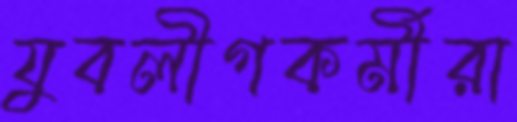
যুবলীগকর্মীরা